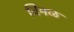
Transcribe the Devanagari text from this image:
विमळ